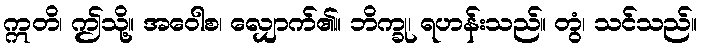
ဣတိ၊ ဤသို့။ အဝေါစ၊ လျှောက်၏။ ဘိက္ခု၊ ရဟန်းသည်။ တွံ၊ သင်သည်။